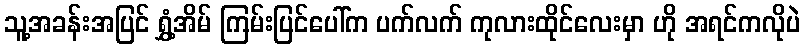
သူ့အခန်းအပြင် ရွှံ့အိမ် ကြမ်းပြင်ပေါ်က ပက်လက် ကုလားထိုင်လေးမှာ ဟို အရင်ကလိုပဲ